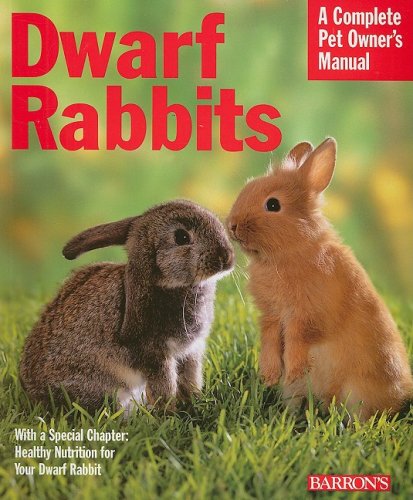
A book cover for Dwarf Rabbits (Complete Pet Owner's Manual); Monika Wegler; Crafts, Hobbies & Home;